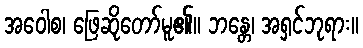
အဝေါစ၊ ဖြေဆိုတော်မူ၏။ ဘန္တေ၊ အရှင်ဘုရား။